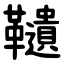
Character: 䪋